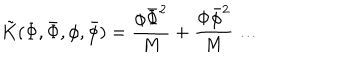
\tilde { K } ( \Phi , \bar { \Phi } , \phi , \bar { \phi } ) = \frac { \phi \bar { \Phi } ^ { 2 } } { M } + \frac { \Phi \bar { \phi } ^ { 2 } } { M } \ldots